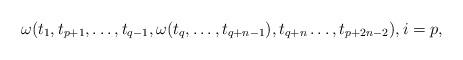
LaTeX: \begin{align*}\omega(t_1,t_{p+1 },\ldots, t_{q-1},\omega(t_q,\ldots,t_{q+n-1}),t_{q+n}\ldots,t_{p+2n-2}),i=p,\end{align*}